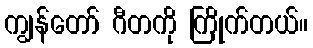
ကျွန်တော် ဂီတကို ကြိုက်တယ်။